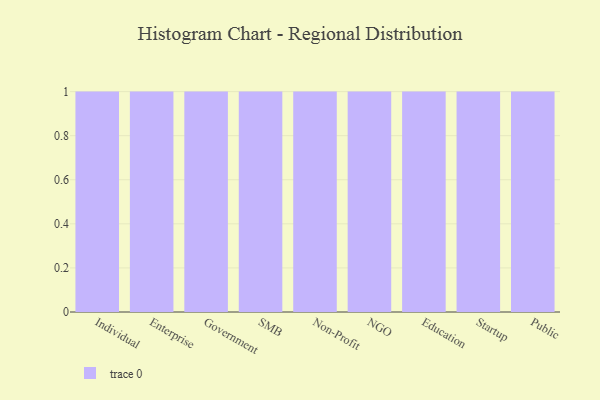
{"axis": {"x": "Segment", "y": "Churn Rate (%)"}, "legend": [""], "data": [{"x": "Individual", "y": 26, "type": ""}, {"x": "Enterprise", "y": 21, "type": ""}, {"x": "Government", "y": 30, "type": ""}, {"x": "SMB", "y": 71, "type": ""}, {"x": "Non-Profit", "y": 77, "type": ""}, {"x": "NGO", "y": 35, "type": ""}, {"x": "Education", "y": 15, "type": ""}, {"x": "Startup", "y": 4, "type": ""}, {"x": "Public", "y": 61, "type": ""}]}